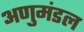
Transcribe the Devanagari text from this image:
अणुमंडल